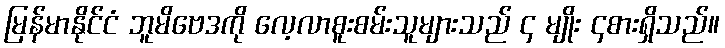
မြန်မာနိုင်ငံ ဘူမိဗေဒကို လေ့လာစူးစမ်းသူများသည် ၄ မျိုး ၄စားရှိသည်။